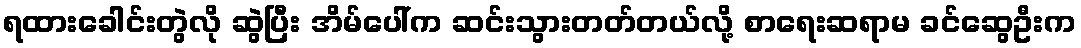
ရထားခေါင်းတွဲလို ဆွဲပြီး အိမ်ပေါ်က ဆင်းသွားတတ်တယ်လို့ စာရေးဆရာမ ခင်ဆွေဦးက